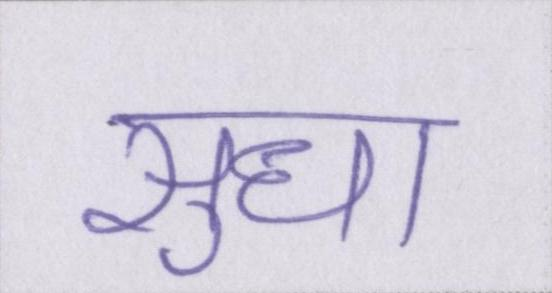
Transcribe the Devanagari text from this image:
सुधा